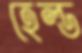
হেল্ড